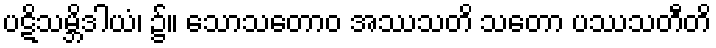
ပဋိသမ္ဘိဒါယံ၊ ၌။ သောသတောဝ အဿသတိ သတော ပဿသတီတိ